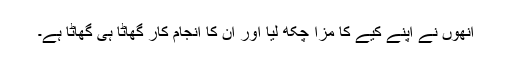
انھوں نے اپنے کیے کا مزا چکھ لیا اور ان کا انجام کار گھاٹا ہی گھاٹا ہے۔